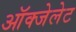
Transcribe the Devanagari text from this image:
ऑक्‍जेलेट